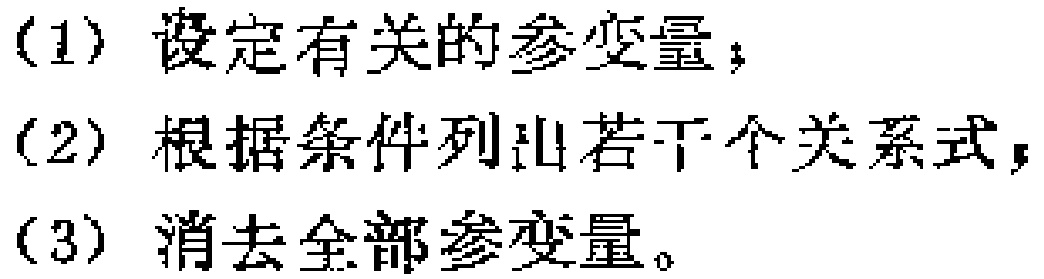
(1) 设定有关的参变量；
(2) 根据条件列出若干个关系式；
(3) 消去全部参变量。